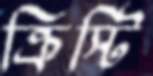
ক্রিস্টি